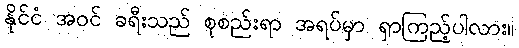
နိုင်ငံ အဝင် ခရီးသည် စုစည်းရာ အရပ်မှာ ရှာကြည့်ပါလား။